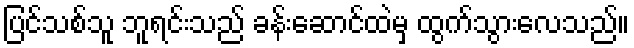
ပြင်သစ်သူ ဘူရင်းသည် ခန်းဆောင်ထဲမှ ထွက်သွားလေသည်။